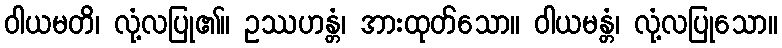
ဝါယမတိ၊ လုံ့လပြု၏။ ဥဿဟန္တံ၊ အားထုတ်သော။ ဝါယမန္တံ၊ လုံ့လပြုသော။